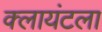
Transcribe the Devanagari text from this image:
क्लायंटला